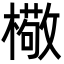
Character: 㯳